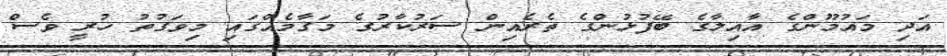
އަދި މައުމޫންގެ އާއިލާގެ ބޭފުޅުންގެ ތެރެއިން ސަރުކާރުގެ މަގާމެއްގައި މިވަގުތު ހުރީ ވެސް